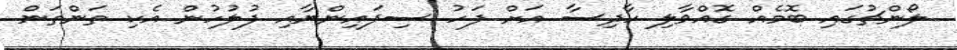
ލޯންޗުގައި ބޮމެއް ގޮއްވާލި ހާދިސާ އަށް ފަހު ސިފައިންނާއި ފުލުހުން އެކި ތަންތަން